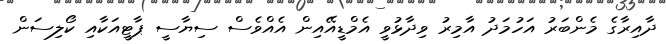
ދާއިރާގެ މެންބަރު އަހުމަދު އާމިރު ވިދާޅުވީ އެމްޑީއޭއިން އެއްވެސް ސިޔާސީ ޕާޓީއަކާއި ކޯލިސަން